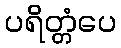
ပရိတ္တံပေ